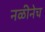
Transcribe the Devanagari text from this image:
नळीनेच